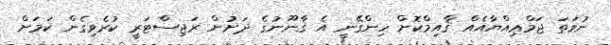
ނުވަތަ ޖަމްޢިއްޔާއެއް ޤާއިމްކޮށް ހިންގޭނީ އެ ޤާނޫނުގެ ދަށުން ރަޖިސްޓަރީ ކުރެވިގެން ކަމަށް